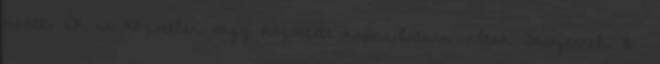
miatt. Ők is közvetlen vagy közvetett kapcsolatban voltak Sawyerrel. 116